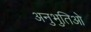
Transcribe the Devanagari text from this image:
अनुभुतिओ